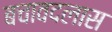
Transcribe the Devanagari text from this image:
बचावदलास